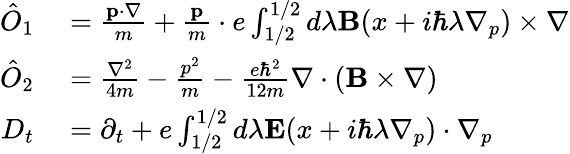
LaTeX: \begin{array}{rl}{\hat{O}_{1}}&{{}=\frac{\mathbf{p}\cdot\nabla}{m}+\frac{\mathbf{p}}{m}\cdot e\int_{1/2}^{1/2}d\lambda\mathbf{B}(x+i\hbar\lambda\nabla_{p})\times\nabla}\\ {\hat{O}_{2}}&{{}=\frac{\nabla^{2}}{4m}-\frac{p^{2}}{m}-\frac{e\hbar^{2}}{12m}\nabla\cdot(\mathbf{B}\times\nabla)}\\ {D_{t}}&{{}=\partial_{t}+e\int_{1/2}^{1/2}d\lambda\mathbf{E}(x+i\hbar\lambda\nabla_{p})\cdot\nabla_{p}}\end{array}